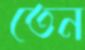
তেন